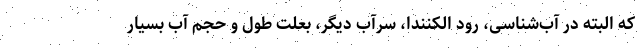
که البته در آب‌شناسی، رود الکنندا، سرآب دیگر، بعلت طول و حجم آب بسیار